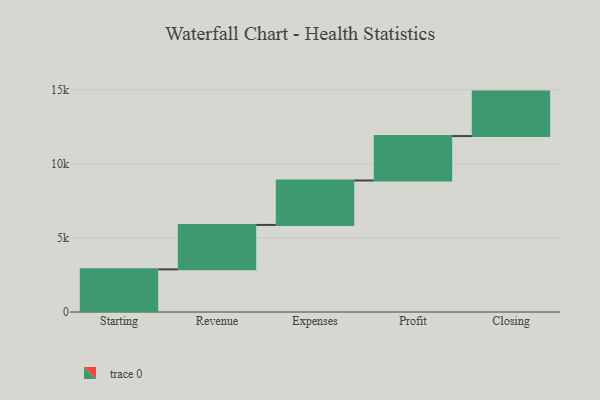
{"axis": {"x": "Step", "y": "Value"}, "legend": [""], "data": [{"x": "Starting", "y": 2878.0, "type": ""}, {"x": "Revenue", "y": 3000, "type": ""}, {"x": "Expenses", "y": 3000, "type": ""}, {"x": "Profit", "y": 3000, "type": ""}, {"x": "Closing", "y": 3000, "type": ""}]}